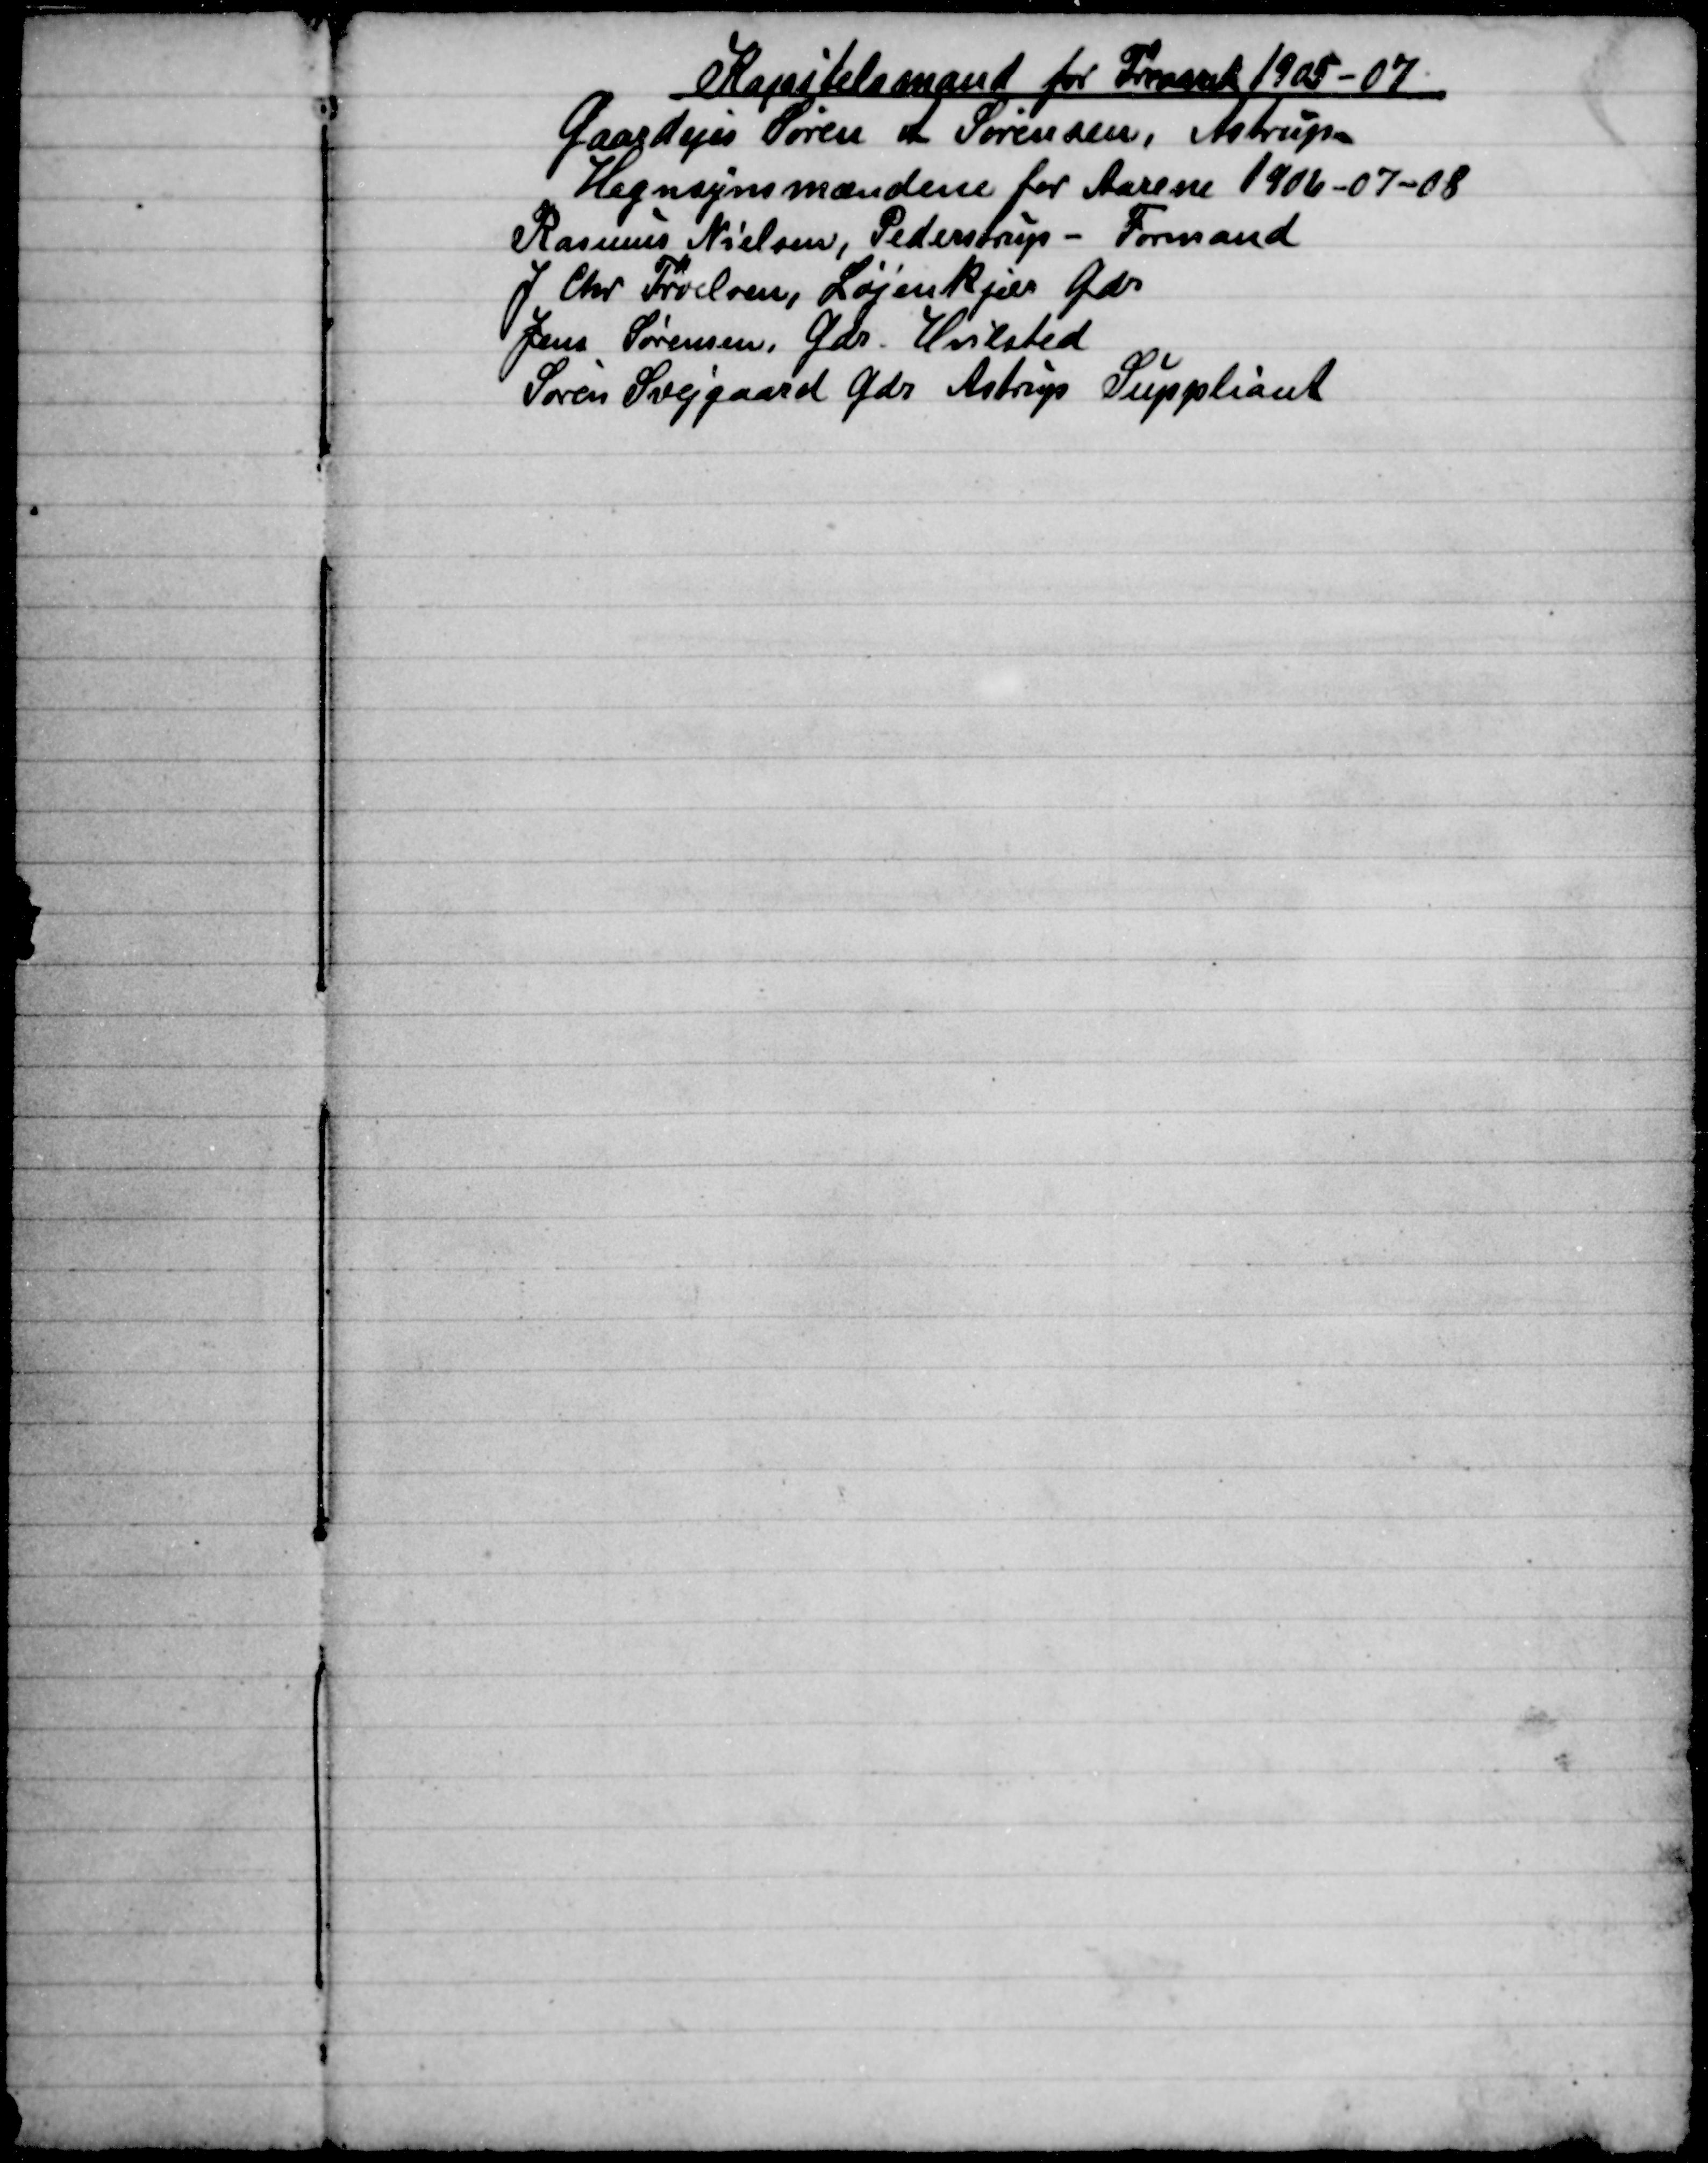
Transskription:
Kapitelsmand for Treaaret 1905-07
Gaardejer Søren A Sørensen, Astrup
Hegnsynsmændene for Aarene 1906-07-08
Rasmus Nielsen, Pederstrup - Formand
J Chr Troelsen, Løjenkjær Gdr
Jens Sørensen, Gdr. Hvilsted
Søren Svejgaard Gdr  Astrup Suppliant